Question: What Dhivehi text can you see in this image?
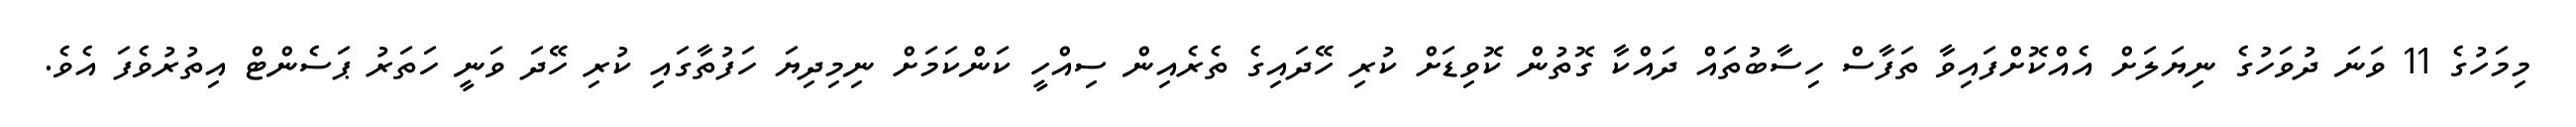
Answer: މިމަހުގެ 11 ވަނަ ދުވަހުގެ ނިޔަލަށް އެއްކޮށްފައިވާ ތަފާސް ހިސާބުތައް ދައްކާ ގޮތުން ކޮވިޑަށް ކުރި ހޭދައިގެ ތެރެއިން ސިއްހީ ކަންކަމަށް ނިމިދިޔަ ހަފުތާގައި ކުރި ހޭދަ ވަނީ ހަތަރު ޕަސެންޓް އިތުރުވެފަ އެވެ.